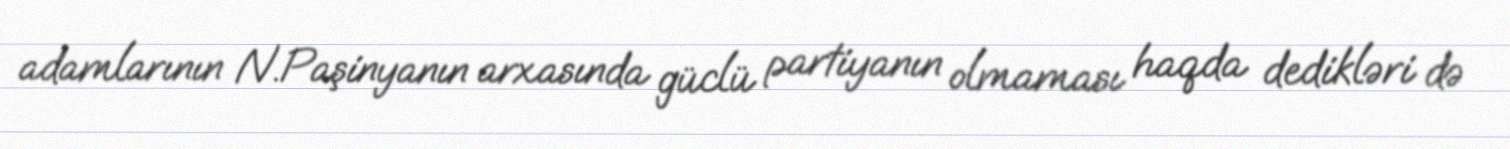
adamlarının N.Paşinyanın arxasında güclü partiyanın olmaması haqda dedikləri də